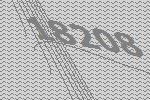
18208